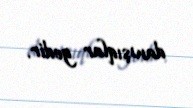
danışıqlar gedir.